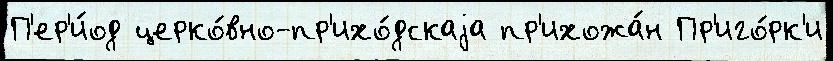
П'ер'и́од церко́вно-пр'ихо́дскаjа пр'ихожа́н Пр'иго́рк'и